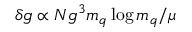
\delta g \propto N g ^ { 3 } m _ { q } \log m _ { q } / \mu